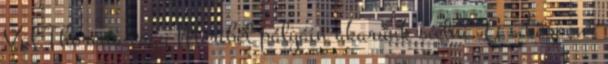
Val Thorens vagy Meribél pályáin akarunk síelni. A síközpont